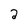
Character: 2